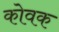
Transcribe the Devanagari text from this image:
कोवक